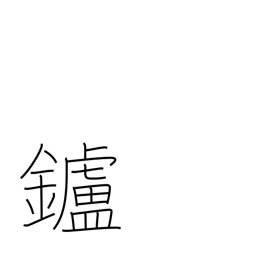
Meaning: hearth